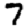
Digit: 7